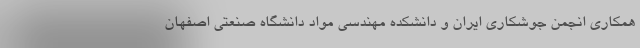
همکاری انجمن جوشکاری ایران و دانشکده مهندسی مواد دانشگاه صنعتی اصفهان